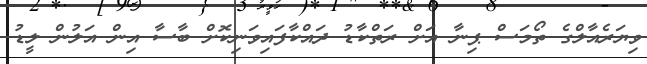
ވިޔަރެއާލްގެ ތޯމަސް ޕިނާ އަށް ރަތްކާޑު ދައްކާފައިވަނިކޮށް ބާސާ އިން އަލުން ލީޑު